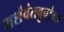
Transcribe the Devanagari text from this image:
यशंवंतबुवांना